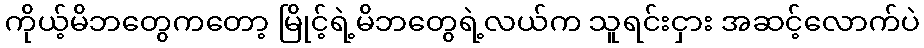
ကိုယ့်မိဘတွေကတော့ မြိုင့်ရဲ့မိဘတွေရဲ့လယ်က သူရင်းငှား အဆင့်လောက်ပဲ